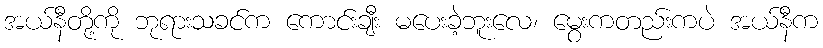
အယ်နီတို့ကို ဘုရားသခင်က ကောင်းချီး မပေးခဲ့ဘူးလေ၊ မွေးကတည်းကပဲ အယ်နီက